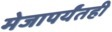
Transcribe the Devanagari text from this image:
मेजापर्यंतही